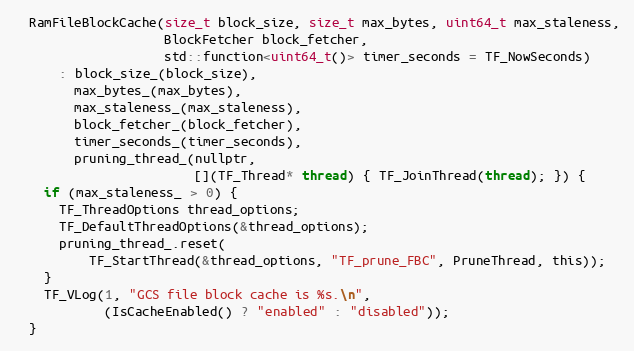
Language: C
  RamFileBlockCache(size_t block_size, size_t max_bytes, uint64_t max_staleness,
                    BlockFetcher block_fetcher,
                    std::function<uint64_t()> timer_seconds = TF_NowSeconds)
      : block_size_(block_size),
        max_bytes_(max_bytes),
        max_staleness_(max_staleness),
        block_fetcher_(block_fetcher),
        timer_seconds_(timer_seconds),
        pruning_thread_(nullptr,
                        [](TF_Thread* thread) { TF_JoinThread(thread); }) {
    if (max_staleness_ > 0) {
      TF_ThreadOptions thread_options;
      TF_DefaultThreadOptions(&thread_options);
      pruning_thread_.reset(
          TF_StartThread(&thread_options, "TF_prune_FBC", PruneThread, this));
    }
    TF_VLog(1, "GCS file block cache is %s.\n",
            (IsCacheEnabled() ? "enabled" : "disabled"));
  }